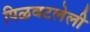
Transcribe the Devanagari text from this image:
पिळवटलेली